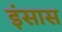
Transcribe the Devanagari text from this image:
इंसास